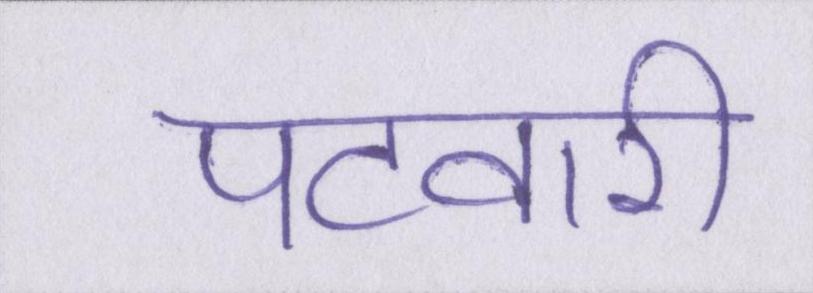
पटवारी